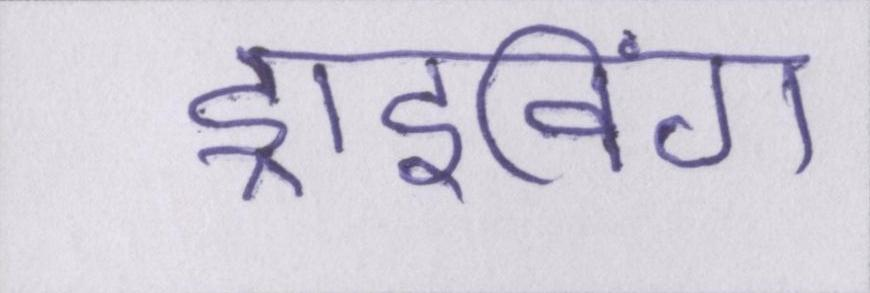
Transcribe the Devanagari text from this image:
ड्राइविंग